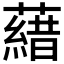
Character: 𮒖